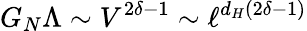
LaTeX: G_{N}\Lambda\sim V^{2\delta-1}\sim\ell^{d_{H}(2\delta-1)}